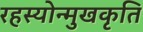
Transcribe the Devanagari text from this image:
रहस्योन्मुखकृति